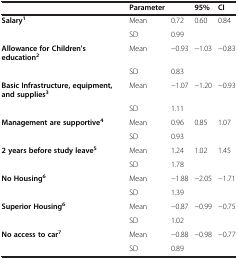
|  | Parameter |  | 95% | CI |
 | --- | --- | --- | --- | --- |
 | Salary1 | Mean | 0.72 | 0.60 | 0.84 |
 |  | SD | 0.99 |  |  |
 | Allowance for Children's education2 | Mean | −0.93 | −1.03 | −0.83 |
 |  | SD | 0.83 |  |  |
 | Basic Infrastructure, equipment, and supplies3 | Mean | −1.07 | −1.20 | −0.93 |
 |  | SD | 1.11 |  |  |
 | Management are supportive4 | Mean | 0.96 | 0.85 | 1.07 |
 |  | SD | 0.93 |  |  |
 | 2 years before study leave5 | Mean | 1.24 | 1.02 | 1.45 |
 |  | SD | 1.78 |  |  |
 | No Housing6 | Mean | −1.88 | −2.05 | −1.71 |
 |  | SD | 1.39 |  |  |
 | Superior Housing6 | Mean | −0.87 | −0.99 | −0.75 |
 |  | SD | 1.02 |  |  |
 | No access to car7 | Mean | −0.88 | −0.98 | −0.77 |
 |  | SD | 0.89 |  |  |